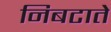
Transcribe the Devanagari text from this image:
निबटाते